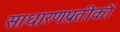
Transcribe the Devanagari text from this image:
साधारणप्रतीकों